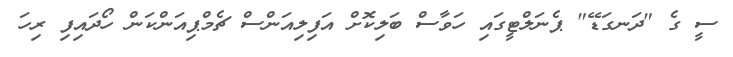
ސީ ގެ "ދަނގަޑޭ" ޕެނަލްޓީގައި ހަވާސް ބަލިކޮށް އަފިލިއަންސް ޗެމްޕިއަންކަން ހޯދައިފި ރިހަ